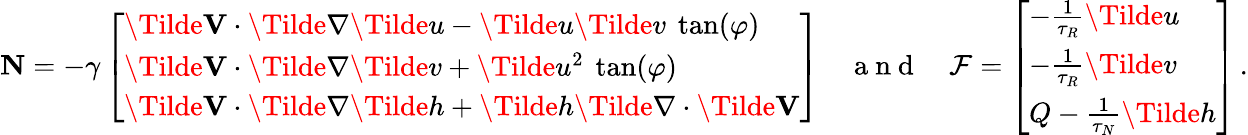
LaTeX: \textbf{N}=-\gamma\left[\begin{array}{l}{\Tilde{\textbf{V}}\cdot\Tilde{\nabla}\Tilde{u}-\Tilde{u}\Tilde{v}\ \tan(\varphi)}\\ {\Tilde{\textbf{V}}\cdot\Tilde{\nabla}\Tilde{v}+\Tilde{u}^{2}\ \tan(\varphi)}\\ {\Tilde{\textbf{V}}\cdot\Tilde{\nabla}\Tilde{h}+\Tilde{h}\Tilde{\nabla}\cdot\Tilde{\textbf{V}}}\end{array}\right]\quad\mathrm{~a~n~d~}\quad\mathcal{F}=\left[\begin{array}{l}{-\frac{1}{\tau_{R}}\Tilde{u}}\\ {-\frac{1}{\tau_{R}}\Tilde{v}}\\ {Q-\frac{1}{\tau_{N}}\Tilde{h}}\end{array}\right]\, .